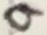
Text: 9